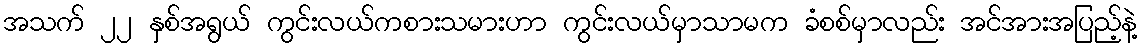
အသက် ၂၂ နှစ်အရွယ် ကွင်းလယ်ကစားသမားဟာ ကွင်းလယ်မှာသာမက ခံစစ်မှာလည်း အင်အားအပြည့်နဲ့